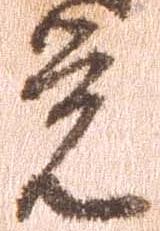
覚